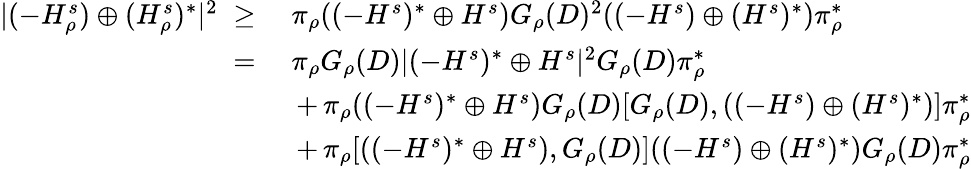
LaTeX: \begin{array}{rl}{|(-H_{\rho}^{s})\oplus(H_{\rho}^{s})^{*}|^{2}\; \geq\; }&{\pi_{\rho}((-H^{s})^{*}\oplus H^{s})G_{\rho}(D)^{2}((-H^{s})\oplus(H^{s})^{*}){\pi_{\rho}^{*}}}\\ {\; =\; }&{\pi_{\rho}G_{\rho}(D)|(-H^{s})^{*}\oplus H^{s}|^{2}G_{\rho}(D){\pi_{\rho}^{*}}}\\ &{\, +\, \pi_{\rho}((-H^{s})^{*}\oplus H^{s})G_{\rho}(D)[G_{\rho}(D),((-H^{s})\oplus(H^{s})^{*})]{\pi_{\rho}^{*}}}\\ &{\, +\, \pi_{\rho}[((-H^{s})^{*}\oplus H^{s}),G_{\rho}(D)]((-H^{s})\oplus(H^{s})^{*})G_{\rho}(D){\pi_{\rho}^{*}}}\end{array}